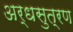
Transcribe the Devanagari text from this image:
अर्धसुत्रण